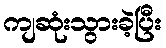
ကျဆုံးသွားခဲ့ပြီး